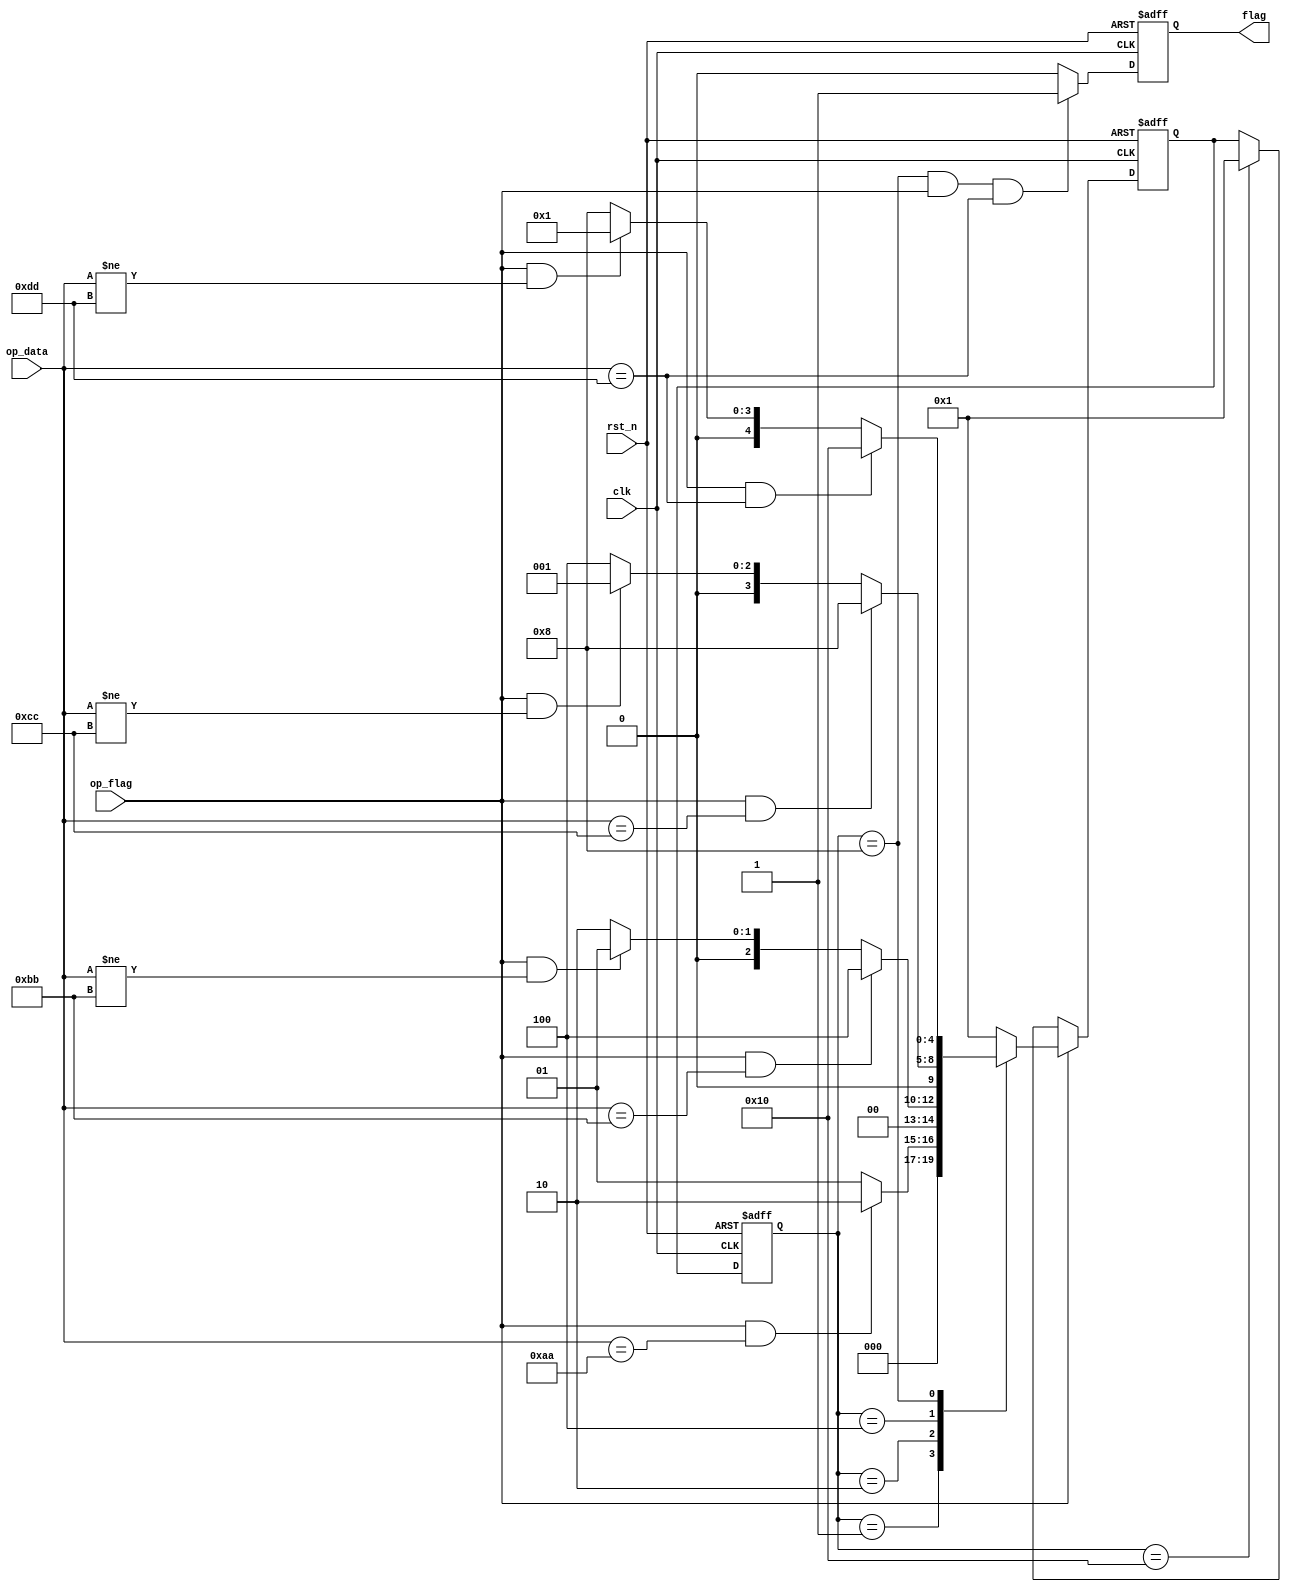
// This is a simple example.
// You can make a your own header file and set its path to settings.
// (Preferences > Package Settings > Verilog Gadget > Settings - User)
//
//		"header": "Packages/Verilog Gadget/template/verilog_header.v"
//
// -----------------------------------------------------------------------------
// Copyright (c) 2014-2023 All rights reserved
// -----------------------------------------------------------------------------
// Create : 2023-09-02 10:14:16
// Revise : 2023-09-02 10:14:16
// Editor : sublime text4, tab size (4)
// Descri : 
// -----------------------------------------------------------------------------
module Detect_Module (
	input clk,
	input rst_n,
	input op_flag,
	input [7:0] op_data,
	output reg flag
);

	reg [4:0] state;
	reg [4:0] next_state;

	//
	parameter IDLE = 5'b00001;
	parameter AA = 5'b00010;
	parameter BB = 5'b00100;
	parameter CC = 5'b01000;
	parameter DD = 5'b10000;

	/*state transition logic*/
	always @(posedge clk or negedge rst_n) begin
		if(~rst_n) begin
			state <= IDLE;
		end else begin
			state <= next_state;
		end
	end

	/*next_state transition logic*/
	always @(posedge clk or negedge rst_n) begin
		if(~rst_n) begin
			next_state <= IDLE;
		end else begin
			if(op_flag) begin
				case(state)
					IDLE : next_state <= (op_flag && op_data == 8'haa) ? AA : IDLE;
					AA : next_state <= (op_flag && op_data == 8'hbb) ? BB : (op_flag && op_data != 8'hbb) ? IDLE : AA;
					BB : next_state <= (op_flag && op_data == 8'hcc) ? CC : (op_flag && op_data != 8'hcc) ? IDLE : BB;
					CC : next_state <= (op_flag && op_data == 8'hdd) ? DD : (op_flag && op_data != 8'hdd) ? IDLE : CC;
					DD : next_state <= IDLE;
					default : next_state <= IDLE;
				endcase
			end else begin
				next_state <= (state == DD) ? IDLE : next_state;
			end
			
		end
	end

	/*output flag*/
	always @(posedge clk or negedge rst_n) begin
		if(~rst_n) begin
			flag <= 1'd0;
		end else begin
			// flag <= (state == DD) ? 1'd1 : 1'd0; //Moore
			flag <= (state == CC && op_flag && op_data == 8'hdd) ? 1'd1 : 1'd0;	//Mearly
		end
	end

endmodule